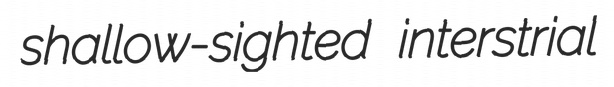
shallow-sighted interstrial